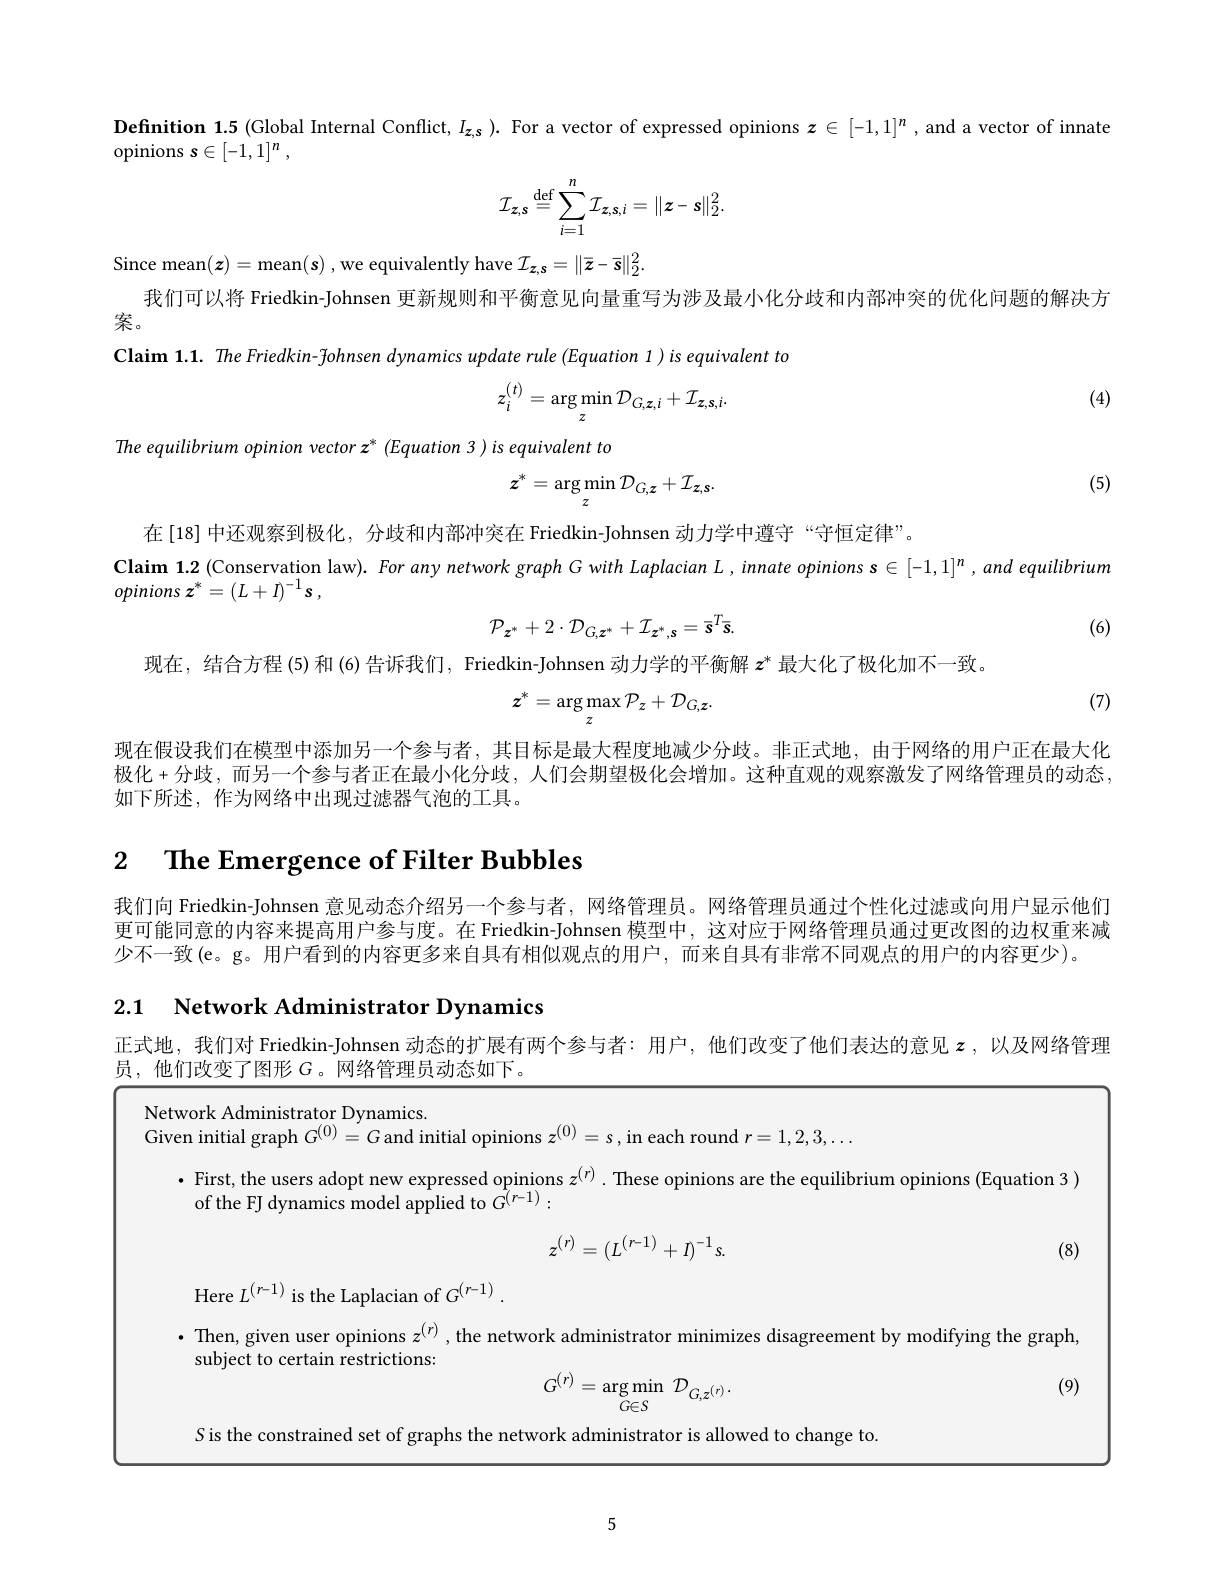
Definition 1.5 (Global Internal Conflict, $I_{z,s}).$ For a vector of expressed opinions $\boldsymbol z\in[-1,1]^n$ ,and a vector of innate
opinions $s\in[-1,1]^n$,
$$\mathcal{I}_{z,s}\stackrel{\mathrm{def}}{=}\sum_{i=1}^n\mathcal{I}_{z,s,i}=\|z-s\|_2^2.$$
Since mean$(\boldsymbol z)=$mean$(\boldsymbol s)$ , we equivalently have $\mathcal{I}_{\boldsymbol{z},\boldsymbol{s}}=\|\bar{\boldsymbol{z}}-\bar{\boldsymbol{s}}\|_{2}^{2}.$
我们可以将 Friedkin-Johnsen 更新规则和平衡意见向量重写为涉及最小化分歧和内部冲突的优化问题的解决方
案。

Claim 1.1. The Friedkin- fohnsen dynamics update rule (Equation 1)is equivalent to
$$z_i^{(t)}=\arg\min_z\mathcal{D}_{G,\boldsymbol{z},i}+\mathcal{I}_{\boldsymbol{z},\boldsymbol{s},i}.$$
(4)

The equilibrium opinion vector z* (Equation 3 ) is equivalent to

(5)
$$z^*=\underset{z}{\operatorname*{\arg\min}}\mathcal{D}_{G,z}+\mathcal{I}_{z,s}.$$
在[18] 中还观察到极化，分歧和内部冲突在 Friedkin-Johnsen 动力学中遵守“守恒定律”。
$\textbf{Claim 1. 2 ( Conservation law) . For any network graph G with Laplacian L, innate opinions s }\in [ - 1, 1] ^n, and$ equilibrium
opinions $z^{* }= ( L+ I) ^{- 1}s$ ,
$$\mathcal{P}_{\boldsymbol{z}^*}+2\cdot\mathcal{D}_{G,\boldsymbol{z}^*}+\mathcal{I}_{\boldsymbol{z}^*,\boldsymbol{s}}=\bar{\boldsymbol{s}}^T\bar{\boldsymbol{s}}.$$
(6)

现在，结合方程(5)和(6) 告诉我们，Friedkin-Johnsen 动力学的平衡解$z^*$最大化了极化加不一致。
$$z^*=\arg\max_z\mathcal{P}_z+\mathcal{D}_{G,z}.$$
(7)

现在假设我们在模型中添加另一个参与者，其目标是最大程度地减少分歧。非正式地，由于网络的用户正在最大化极化+分歧，而另一个参与者正在最小化分歧，人们会期望极化会增加。这种直观的观察激发了网络管理员的动态， 如下所述，作为网络中出现过滤器气泡的工具。

2 $\textbf{The Emergence of Filter Bubbles}$

我们向 Friedkin-Johnsen 意见动态介绍另一个参与者，网络管理员。网络管理员通过个性化过滤或向用户显示他们更可能同意的内容来提高用户参与度。在 Friedkin-Johnsen 模型中，这对应于网络管理员通过更改图的边权重来减少不一致(e。g。用户看到的内容更多来自具有相似观点的用户，而来自具有非常不同观点的用户的内容更少)。

2.1 $\textbf{Network Administrator Dynamics}$

正式地，我们对 Friedkin-Johnsen 动态的扩展有两个参与者：用户，他们改变了他们表达的意见$\boldsymbol{z}$ ,以及网络管理
员，他们改变了图形$G$。网络管理员动态如下。

Network Administrator Dynamics.
Given initial graph $G^{(0)}=G$ and initial opinions $z^{(0)}=s$, in each round $r=1,2,3,\ldots$
$\cdot$ First, the users adopt new expressed opinions $z^{(r)}.$ These opinions are the equilibrium opinions (Equation 3)
of the FJ dynamics model applied to $\tilde{G}^{(r-1)}:$
$$z^{(r)}=(L^{(r-1)}+I)^{-1}s.$$
(8)

Here $L^(r-1)$ is the Laplacian of $G^{(r-1)}.$
$\cdot$ Then, given user opinions $z^{(r)}$ , the network administrator minimizes disagreement by modifying the graph,
subject to certain restrictions
(9)
$$G^{(r)}=\arg\min_{G\in S}\:\mathcal{D}_{G,z^{(r)}}.$$
$S$ is the constrained set of graphs the network administrator is allowed to change to

5